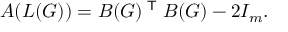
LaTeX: A ( L ( G ) ) = B ( G ) ^ { \textsf { T } } B ( G ) - 2 I _ { m } .